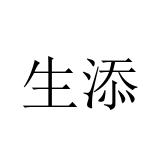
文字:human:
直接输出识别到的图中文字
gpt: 生添